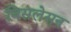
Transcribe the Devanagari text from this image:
विसलेसन